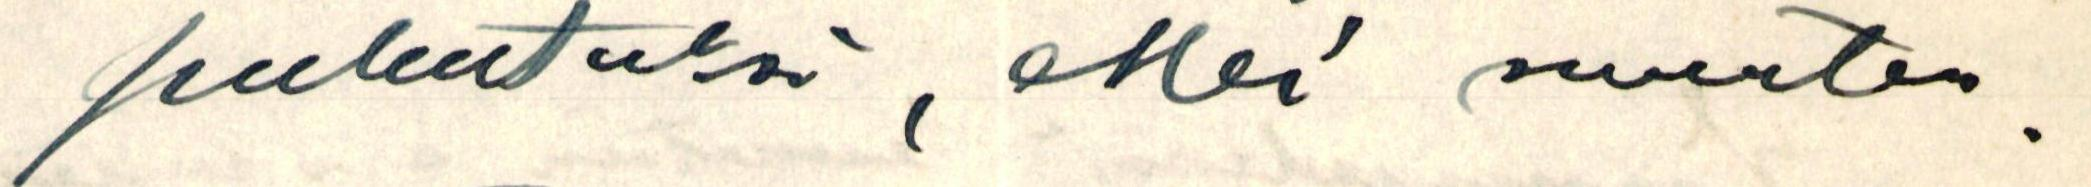
puhutuksi, ellei muuten.